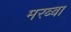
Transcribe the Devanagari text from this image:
मरब्बा